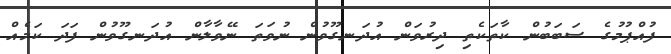
ފުއްޕުމުގެ ސަބަބުން ކާތަކެތި ދިރުވަން އުދަނގޫވުން ނުވަތަ ނޭވާލާން އުދަނގޫވުން ފަދަ ކަމެއް